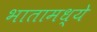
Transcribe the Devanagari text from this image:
भातामध्ये